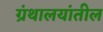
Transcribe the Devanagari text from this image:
ग्रंथालयांतील